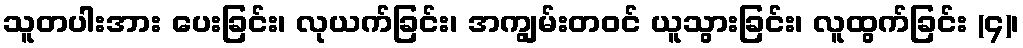
သူတပါးအား ပေးခြင်း၊ လုယက်ခြင်း၊ အကျွမ်းတဝင် ယူသွားခြင်း၊ လူထွက်ခြင်း (၄)၊